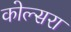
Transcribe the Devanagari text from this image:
कोल्‍सरा